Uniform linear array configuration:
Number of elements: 32
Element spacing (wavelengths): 0.5
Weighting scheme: cosine
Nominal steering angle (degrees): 0
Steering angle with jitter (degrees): -1.097
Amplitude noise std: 0.05
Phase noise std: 0.05

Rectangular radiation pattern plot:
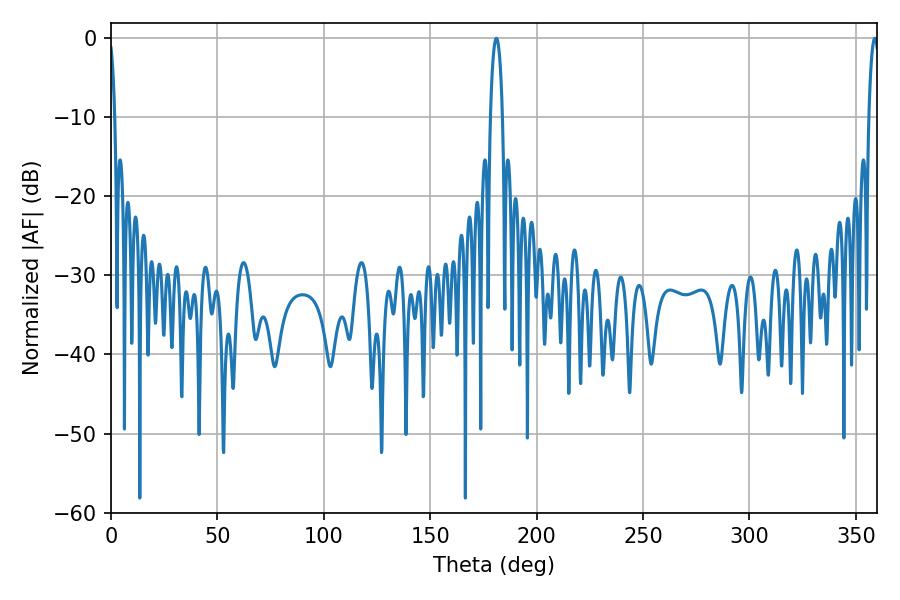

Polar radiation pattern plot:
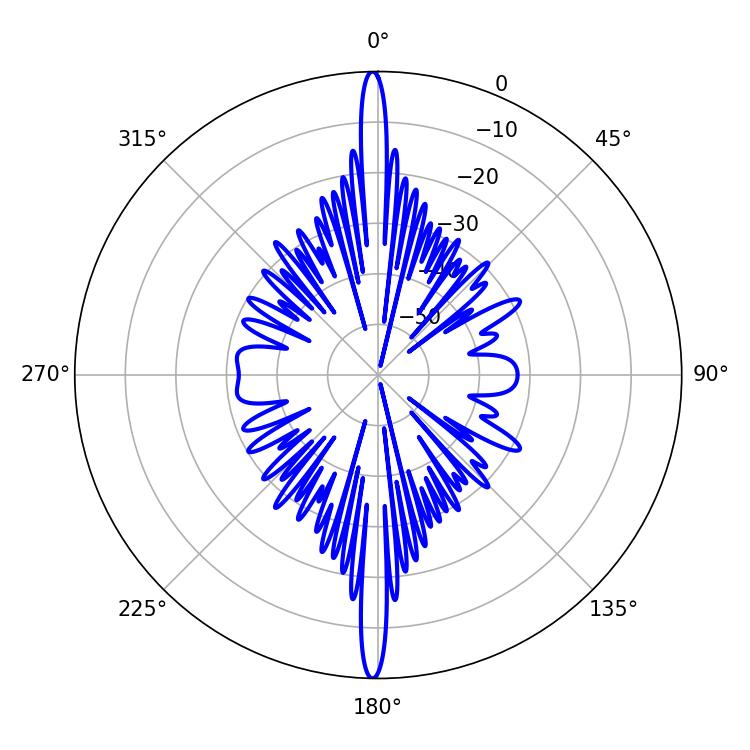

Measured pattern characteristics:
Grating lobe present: FALSE
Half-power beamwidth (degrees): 3.24
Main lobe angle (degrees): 181.08